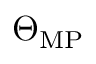
\Theta _ { \mathrm { M P } }